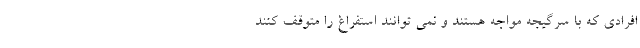
افرادی که با سرگیجه مواجه هستند و نمی توانند استفراغ را متوقف کنند